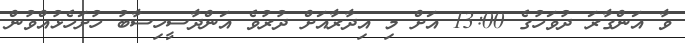
ވާ އަންގާރަ ދުވަހުގެ 13:00 އަށް މި އިދާރާއަށް ދުރުވެ އަންދާސީހިސާބު ހުށަހެޅުއްވުން